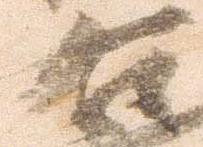
右